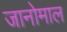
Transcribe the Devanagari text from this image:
जानोमाल